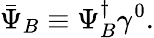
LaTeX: \bar{\Psi}_{B}\equiv\Psi_{B}^{\dagger}\gamma^{0}.